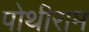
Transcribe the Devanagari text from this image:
पोथीराम